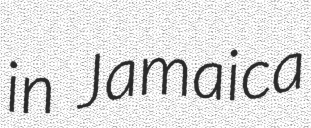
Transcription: in Jamaica